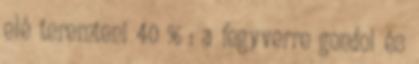
elé teremteni 40 % : a fegyverre gondol és